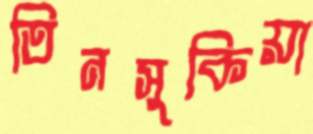
তিনসুকিয়া